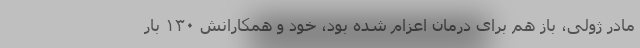
مادر ژولی، باز هم برای درمان اعزام شده بود، خود و همکارانش ۱۳۰ بار